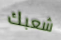
شعبك